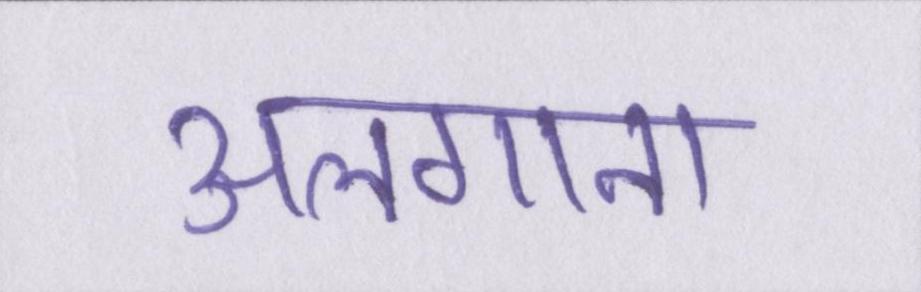
अलगाना